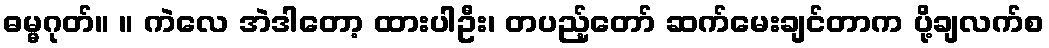
ဓမ္မဂုတ်။ ။ ကဲလေ အဲဒါတော့ ထားပါဦး၊ တပည့်တော် ဆက်မေးချင်တာက ပို့ချလက်စ